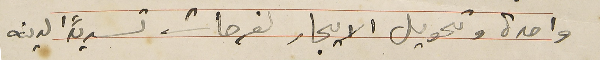
واحدة وتحويل الايجار لفرحات تسديداً لدينه